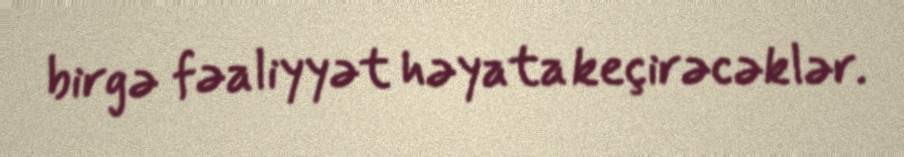
birgə fəaliyyət həyata keçirəcəklər.